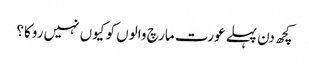
کچھ دن پہلے عورت مارچ والوں کو کیوں نہیں روکا؟